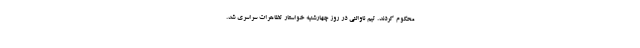
محکوم کردند. تیم ناوالنی در روز چهارشنیه خواستار تظاهرات سراسری شد.